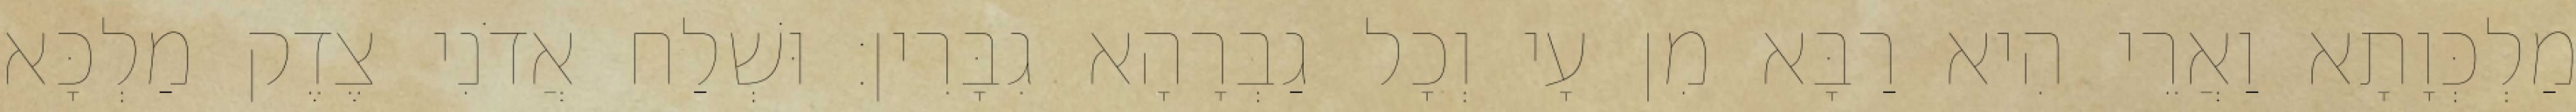
מַלְכְּוָתָא וַאֲרֵי הִיא רַבָּא מִן עָי וְכָל גַבְרָהָא גִבָּרִין׃ וּשְׁלַח אֲדֹנִי צֶדֶק מַלְכָּא